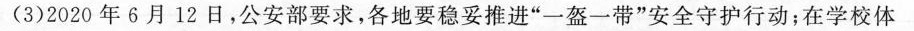
(3)2020年6月12日，公安部要求，各地要稳妥推进”一盔一带”安全守护行动；在学校体